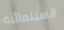
السينمائية